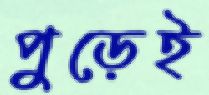
পুড়েই